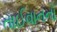
તાઈવાનનો